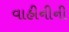
વાહીનીની